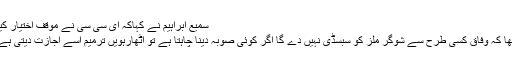
سمیع ابراہیم نے کہاکہ ای سی سی نے موقف اختیار کیا
تھا کہ وفاق کسی طرح سے شوگر ملز کو سبسڈی نہیں دے گا اگر کوئی صوبہ دینا چاہتا ہے تو اٹھارہویں ترمیم اسے اجازت دیتی ہے۔